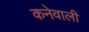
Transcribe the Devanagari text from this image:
कनेवाली